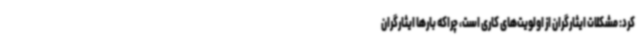
کرد: مشکلات ایثارگران از اولویت‌های کاری است، چراکه بارها ایثارگران